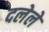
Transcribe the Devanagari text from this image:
दलेले